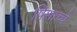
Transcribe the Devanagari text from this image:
पिशाच्चे